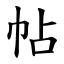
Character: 帖